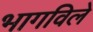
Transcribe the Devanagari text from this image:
भागविले